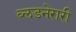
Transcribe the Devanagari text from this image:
ब्लडनेरारी